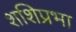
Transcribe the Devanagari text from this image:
शशिप्रभा